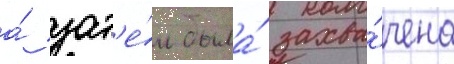
а́ зат'е́м была́ захва́чена